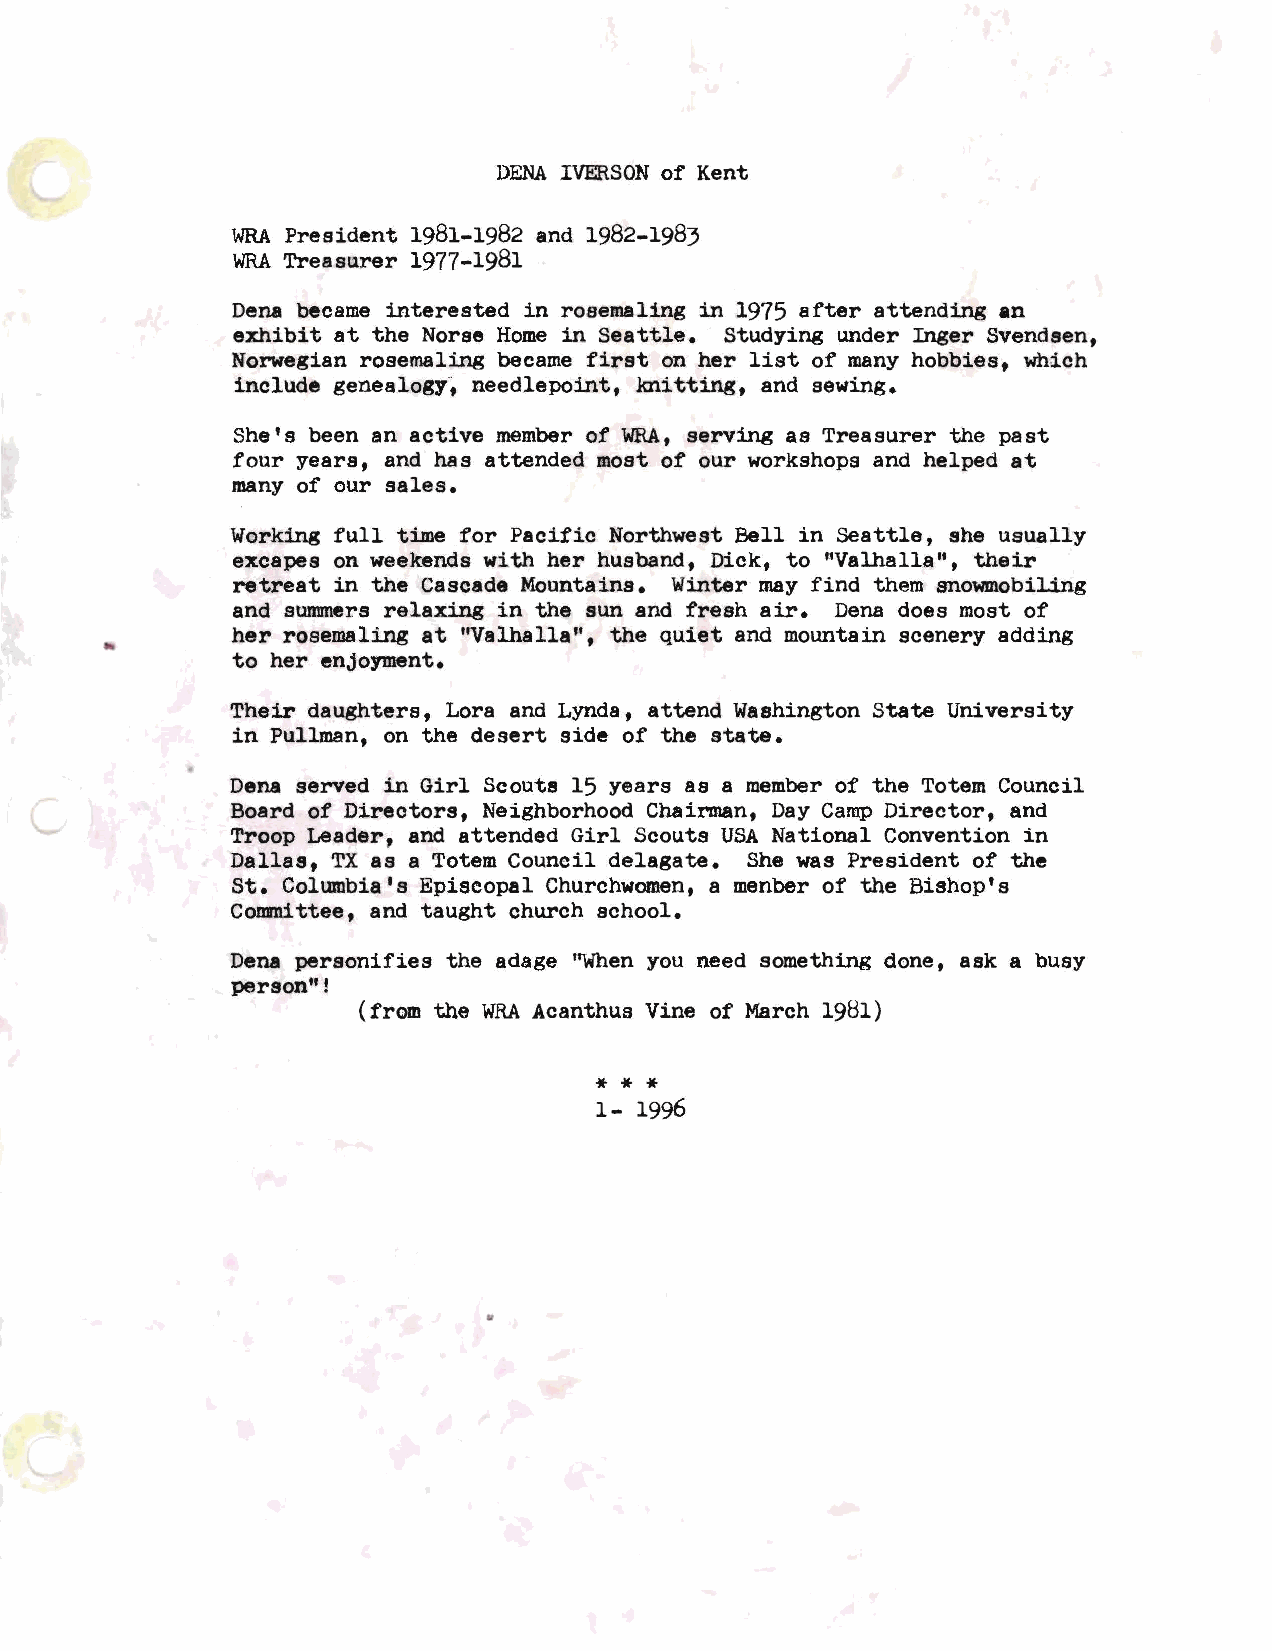
DENAI VERSONo f Kent
 WRAP resident 1981-1982 and 1982-1983
 WRAT reasurer 1977-1981
 Dena became interested in roaemaling in 1975 after attending an
 exhibit at the Norse Home in Seattle. Studying under Inger Svendsen,
 Norwegian rosemaling became first on her list of many hobbies, which
 include genealogy, needlepoint, knitting, and sewing.
 She's been an active member of WRA, serving as Treasurer the past
 four years, and has attended most of our workshops and helped at
 many of our sales.
 Working full time for Pacific Northwest Bell in Seattle, she usually
 excapes on weekends with her husband, Dick, to 11Valhalla'', their
 retreat in the Cascade Mountains. Winter may find them snowmobiling
 and sunnners relaxing in the sun and fresh air. Dena does most of
 her rosemaling at "Valhalla", the quiet and mountain scenery adding
 to her enjoyment.
 Their daughters, Lora and Lynda, attend Washington State University
 in Pullman, on the desert side of the state.
 Dena served in Girl Scouts 15 years as a member of the Totem Council
 Board of Directors, Neighborhood Chairman, Day Camp Director, and
 Troop Leader, and attended Girl Scouts USA National Convention in
 Dallas, TX as a Totem Council delagate. She was President of the
 St. Columbia's Episcopal Churchwomen, a menber of the Bishop's
 Comnittee, and taught church school.
 Dena personifies the adage ''When you need something done, ask a busy
 person"!
 (from the WRAA canthus Vine of March 1981)
 * * *
 1- 1996
 •